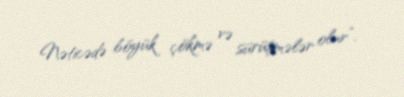
Nəticədə böyük çökmə və sürüşmələr olur”.